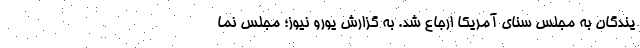
یندگان به مجلس سنای آمریکا ارجاع شد. به گزارش یورو نیوز؛ مجلس نما